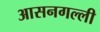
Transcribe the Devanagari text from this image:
आसनगल्ली